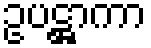
ဥပဋ္ဌာကာ